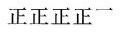
正正正正